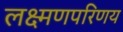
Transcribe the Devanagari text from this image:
लक्ष्मणपरिणय